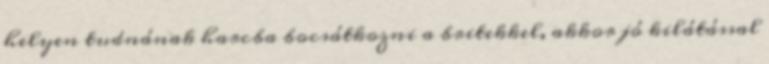
helyen tudnának harcba bocsátkozni a britekkel, akkor jó kilátással